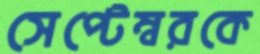
সেপ্টেম্বরকে